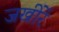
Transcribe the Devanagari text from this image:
जखीरें